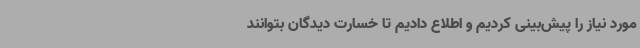
مورد نیاز را پیش‌بینی کردیم و اطلاع دادیم تا خسارت دیدگان بتوانند